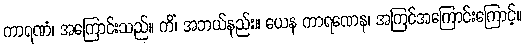
ကာရဏံ၊ အကြောင်းသည်။ ကိံ၊ အဘယ်နည်း။ ယေန ကာရဏေန၊ အကြင်အကြောင်းကြောင့်။